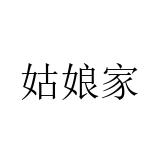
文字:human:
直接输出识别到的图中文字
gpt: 姑娘家